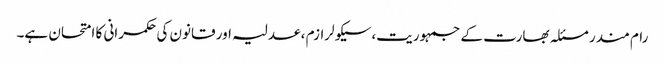
رام مندر مسئلہ بھارت کے جمہوریت،سیکولرازم ، عدلیہ اور قانون کی حکمرانی کا امتحان ہے۔